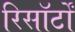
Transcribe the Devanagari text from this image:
रिसॉर्टों